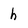
Character: h